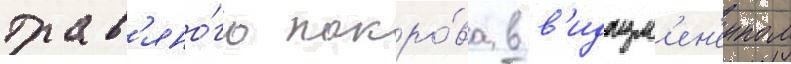
трав'яно́го покро́ва в в'идоизм'ен'енном